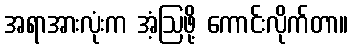
အရာအားလုံးက အံ့ဩဖို့ ကောင်းလိုက်တာ။